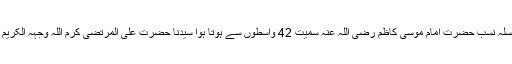
اس خاندان کا سلسلہ نسب حضرت امام موسیٰ کاظم رضی اللہ عنہ سمیت 42 واسطوں سے ہوتا ہوا سیدنا حضرت علی المرتضی کرم اللہ وجہہ الکریم سے جاملتا ہے۔